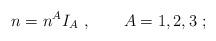
LaTeX: \begin{align*}n=n^AI_A\ ,\qquad A=1,2,3\ ; \end{align*}